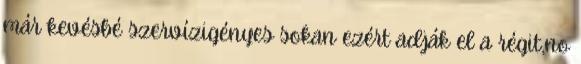
már kevésbé szervízigényes sokan ezért adják el a régit,no